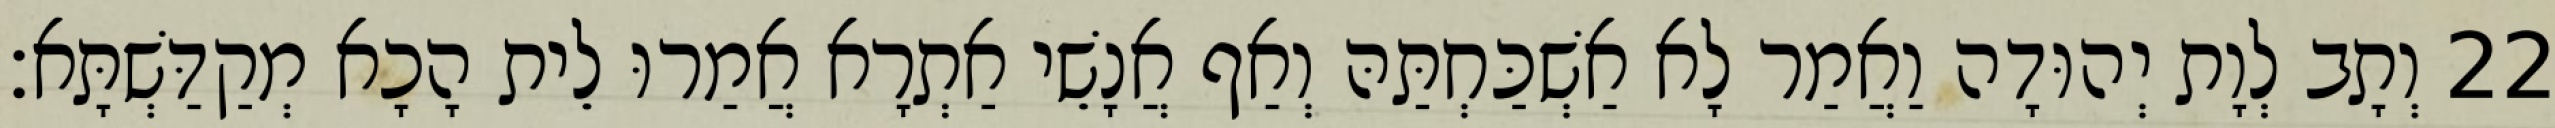
22 וְתָב לְוָת יְהוּדָה וַאֲמַר לָא אַשְׁכַּחְתַּהּ וְאַף אֲנָשֵׁי אַתְרָא אֲמַרוּ לֵית הָכָא מְקַדַּשְׁתָּא׃